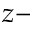
z -